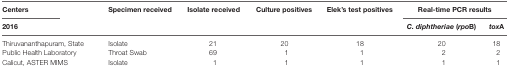
<table><thead><tr><td><b>Centers</b></td><td rowspan="2"><b>Specimen received</b></td><td rowspan="2"><b>Isolate received</b></td><td rowspan="2"><b>Culture positives</b></td><td rowspan="2"><b>Elek’s test positives</b></td><td colspan="2"><b>Real-time PCR results</b></td></tr><tr><td><b>2016</b></td><td><b><i>C. diphtheriae</i> (<i>rpo</i>B)</b></td><td><b><i>tox</i>A</b></td></tr></thead><tbody><tr><td rowspan="2">Thiruvananthapuram, State Public Health Laboratory</td><td>Isolate</td><td>21</td><td>20</td><td>18</td><td>20</td><td>18</td></tr><tr><td>Throat Swab</td><td>69</td><td>1</td><td>1</td><td>2</td><td>2</td></tr><tr><td>Calicut, ASTER MIMS</td><td>Isolate</td><td>1</td><td>1</td><td>1</td><td>1</td><td>1</td></tr></tbody></table>